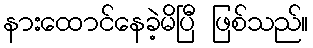
နားထောင်နေခဲ့မိပြီ ဖြစ်သည်။